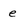
Character: e